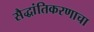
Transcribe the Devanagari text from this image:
सैद्धांतिकरणाचा